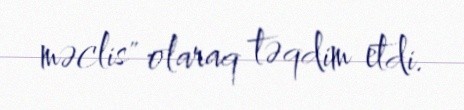
məclis" olaraq təqdim etdi.